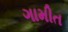
ગામીત